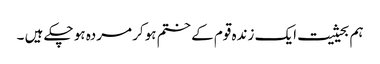
ہم بحیثیت ایک زندہ قوم کے ختم ہوکر مردہ ہو چکے ہیں ۔